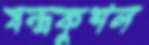
যন্ত্রকুশল